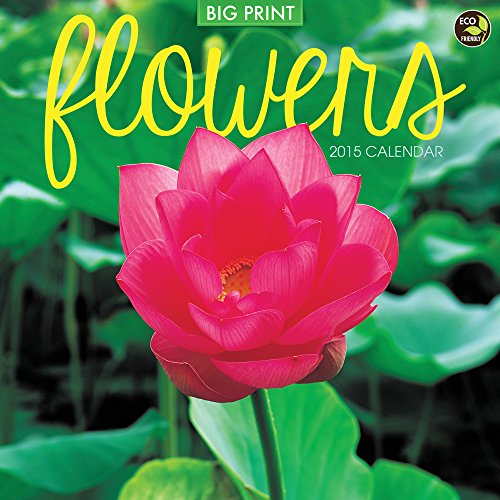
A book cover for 2015 Flowers (Big Print) Wall Calendar; TF PUBLISHING; Calendars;